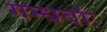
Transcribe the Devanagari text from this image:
गन्धर्वाः